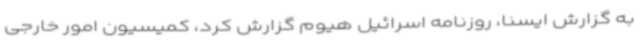
به گزارش ایسنا، روزنامه اسرائیل هیوم گزارش کرد، کمیسیون امور خارجی